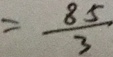
= \frac { 8 5 } { 3 }